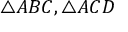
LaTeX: \triangle A B C , \triangle A C D